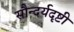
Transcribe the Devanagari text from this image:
सौन्दर्यदृष्टी